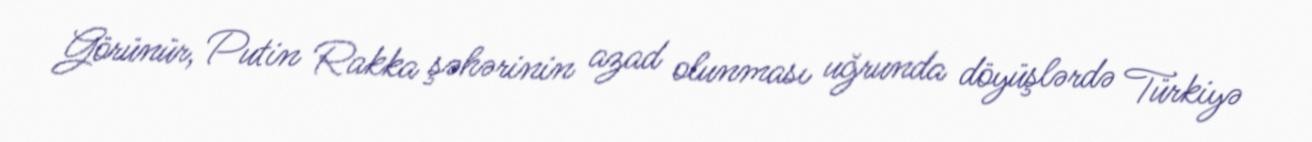
Görünür, Putin Rakka şəhərinin azad olunması uğrunda döyüşlərdə Türkiyə